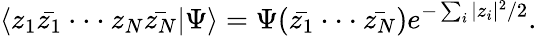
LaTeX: \langle z_{1}\bar{z_{1}}\cdot\cdot\cdot z_{N}\bar{z_{N}}|\Psi\rangle=\Psi(\bar{z_{1}}\cdot\cdot\cdot\bar{z_{N}})e^{-\sum_{i}|z_{i}|^{2}/2}.